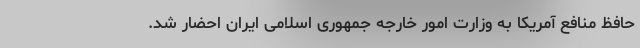
حافظ منافع آمریکا به وزارت امور خارجه جمهوری اسلامی ایران احضار شد.